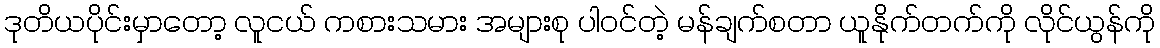
ဒုတိယပိုင်းမှာတော့ လူငယ် ကစားသမား အများစု ပါဝင်တဲ့ မန်ချက်စတာ ယူနိုက်တက်ကို လိုင်ယွန်ကို